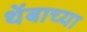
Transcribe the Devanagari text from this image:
थेंबाच्या